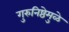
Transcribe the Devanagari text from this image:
गुरुनिष्ठेमुळे